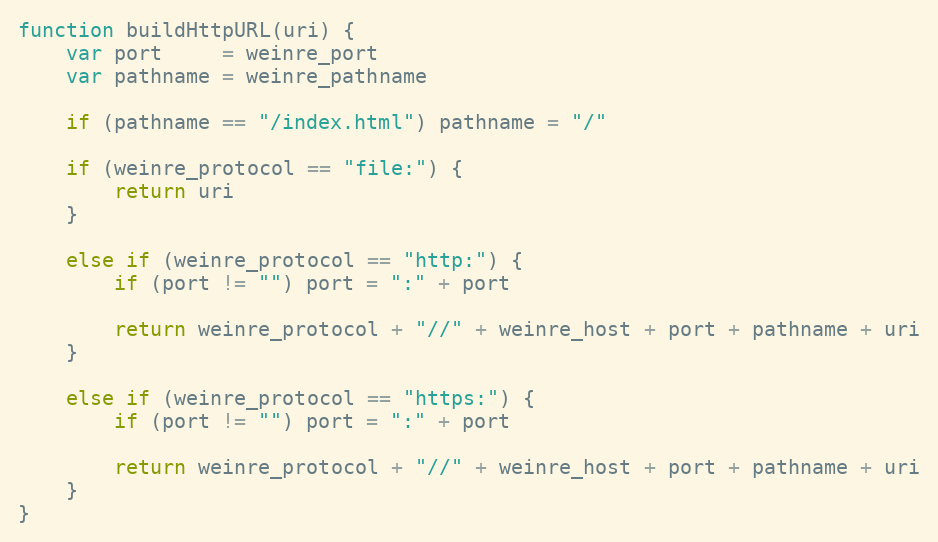
Language: JavaScript
function buildHttpURL(uri) {
    var port     = weinre_port
    var pathname = weinre_pathname

    if (pathname == "/index.html") pathname = "/"

    if (weinre_protocol == "file:") {
        return uri
    }

    else if (weinre_protocol == "http:") {
        if (port != "") port = ":" + port

        return weinre_protocol + "//" + weinre_host + port + pathname + uri
    }

    else if (weinre_protocol == "https:") {
        if (port != "") port = ":" + port

        return weinre_protocol + "//" + weinre_host + port + pathname + uri
    }
}